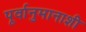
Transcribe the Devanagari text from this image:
पूर्वानुमानाशी